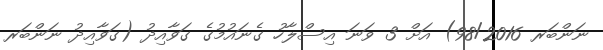
ނަންބަރ 98/2016) އަށް 3 ވަނަ އިސްލާހު ގެނައުމުގެ ގަވާއިދު (ގަވާއިދު ނަންބަރ